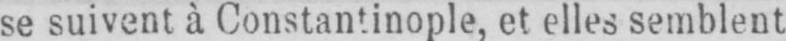
se suivent à Constantinople, et elles semblent